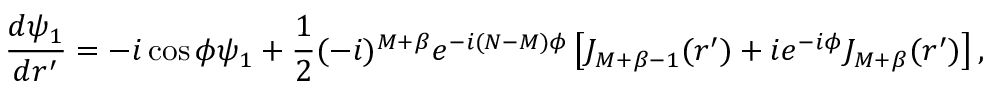
\frac { d \psi _ { 1 } } { d r ^ { \prime } } = - i \cos \phi \psi _ { 1 } + \frac { 1 } { 2 } ( - i ) ^ { M + \beta } e ^ { - i ( N - M ) \phi } \left[ J _ { M + \beta - 1 } ( r ^ { \prime } ) + i e ^ { - i \phi } J _ { M + \beta } ( r ^ { \prime } ) \right] ,